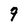
Character: 9